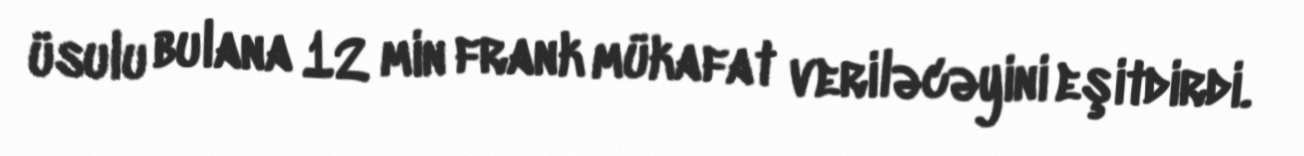
üsulu bulana 12 min frank mükafat veriləcəyini eşitdirdi.